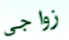
زواجى